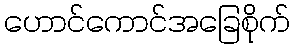
ဟောင်ကောင်အခြေစိုက်